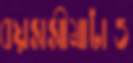
বয়সসীমাটাও